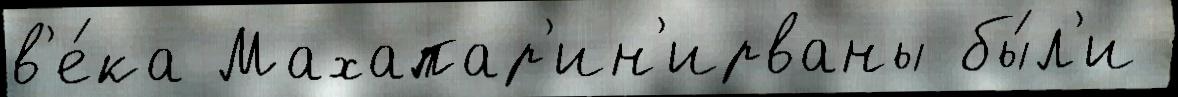
в'е́ка Махапар'ин'ирваны бы́л'и